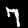
Digit: 7